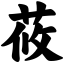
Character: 莜